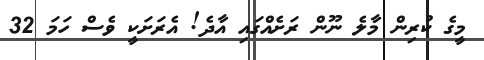
މީގެ ކުރިން މާލެ ނޫން ރަށެއްގައި އާދެ! އެރަށަކީ ވެސް ހަމަ 32